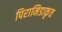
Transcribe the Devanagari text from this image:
पिरामिडाकृत